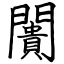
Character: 闠